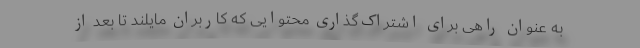
به عنوان راهی برای اشتراک‌گذاری محتوایی که کاربران مایلند تا بعد از